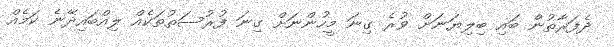
ދެފަރާތުން ބައި ބިލިޔަނަށް ވުރެ ގިނަ މީހުންނަށް ގިނަ ފުރުސަތުތަކެއް ލިއްބައިދޭނެ ކަމެއް